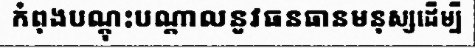
កំពុងបណ្តុះបណ្តាលនូវធនធានមនុស្សដើម្បី